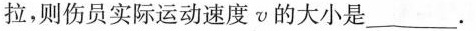
拉，则伤员实际运动速度ν的大小是___。